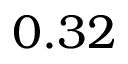
0 . 3 2